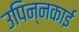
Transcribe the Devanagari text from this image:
उपिन्नकाई